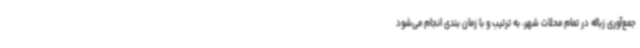
جمع‌آوری زباله در تمام محلات شهر، به ترتیب و با زمان بندی انجام می‌شود